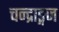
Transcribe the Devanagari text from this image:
चन्द्राङ्गज